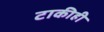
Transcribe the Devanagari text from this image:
टाकीही